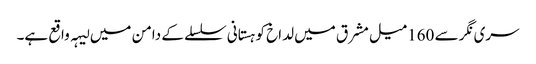
سری نگر سے 160میل مشرق میں لداخ کوہستانی سلسلے کے دامن میں لیہہ واقع ہے۔